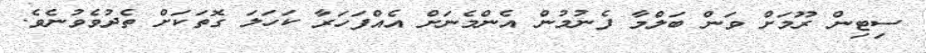
ސިޓިން ރޫމަށް ވަން ބަލްމާ ފެނުމުން އެންމެނަށް އެއްފަހަރާ ކަހަލަ ގޮތަކަށް ތެދުވެވުނެވެ.